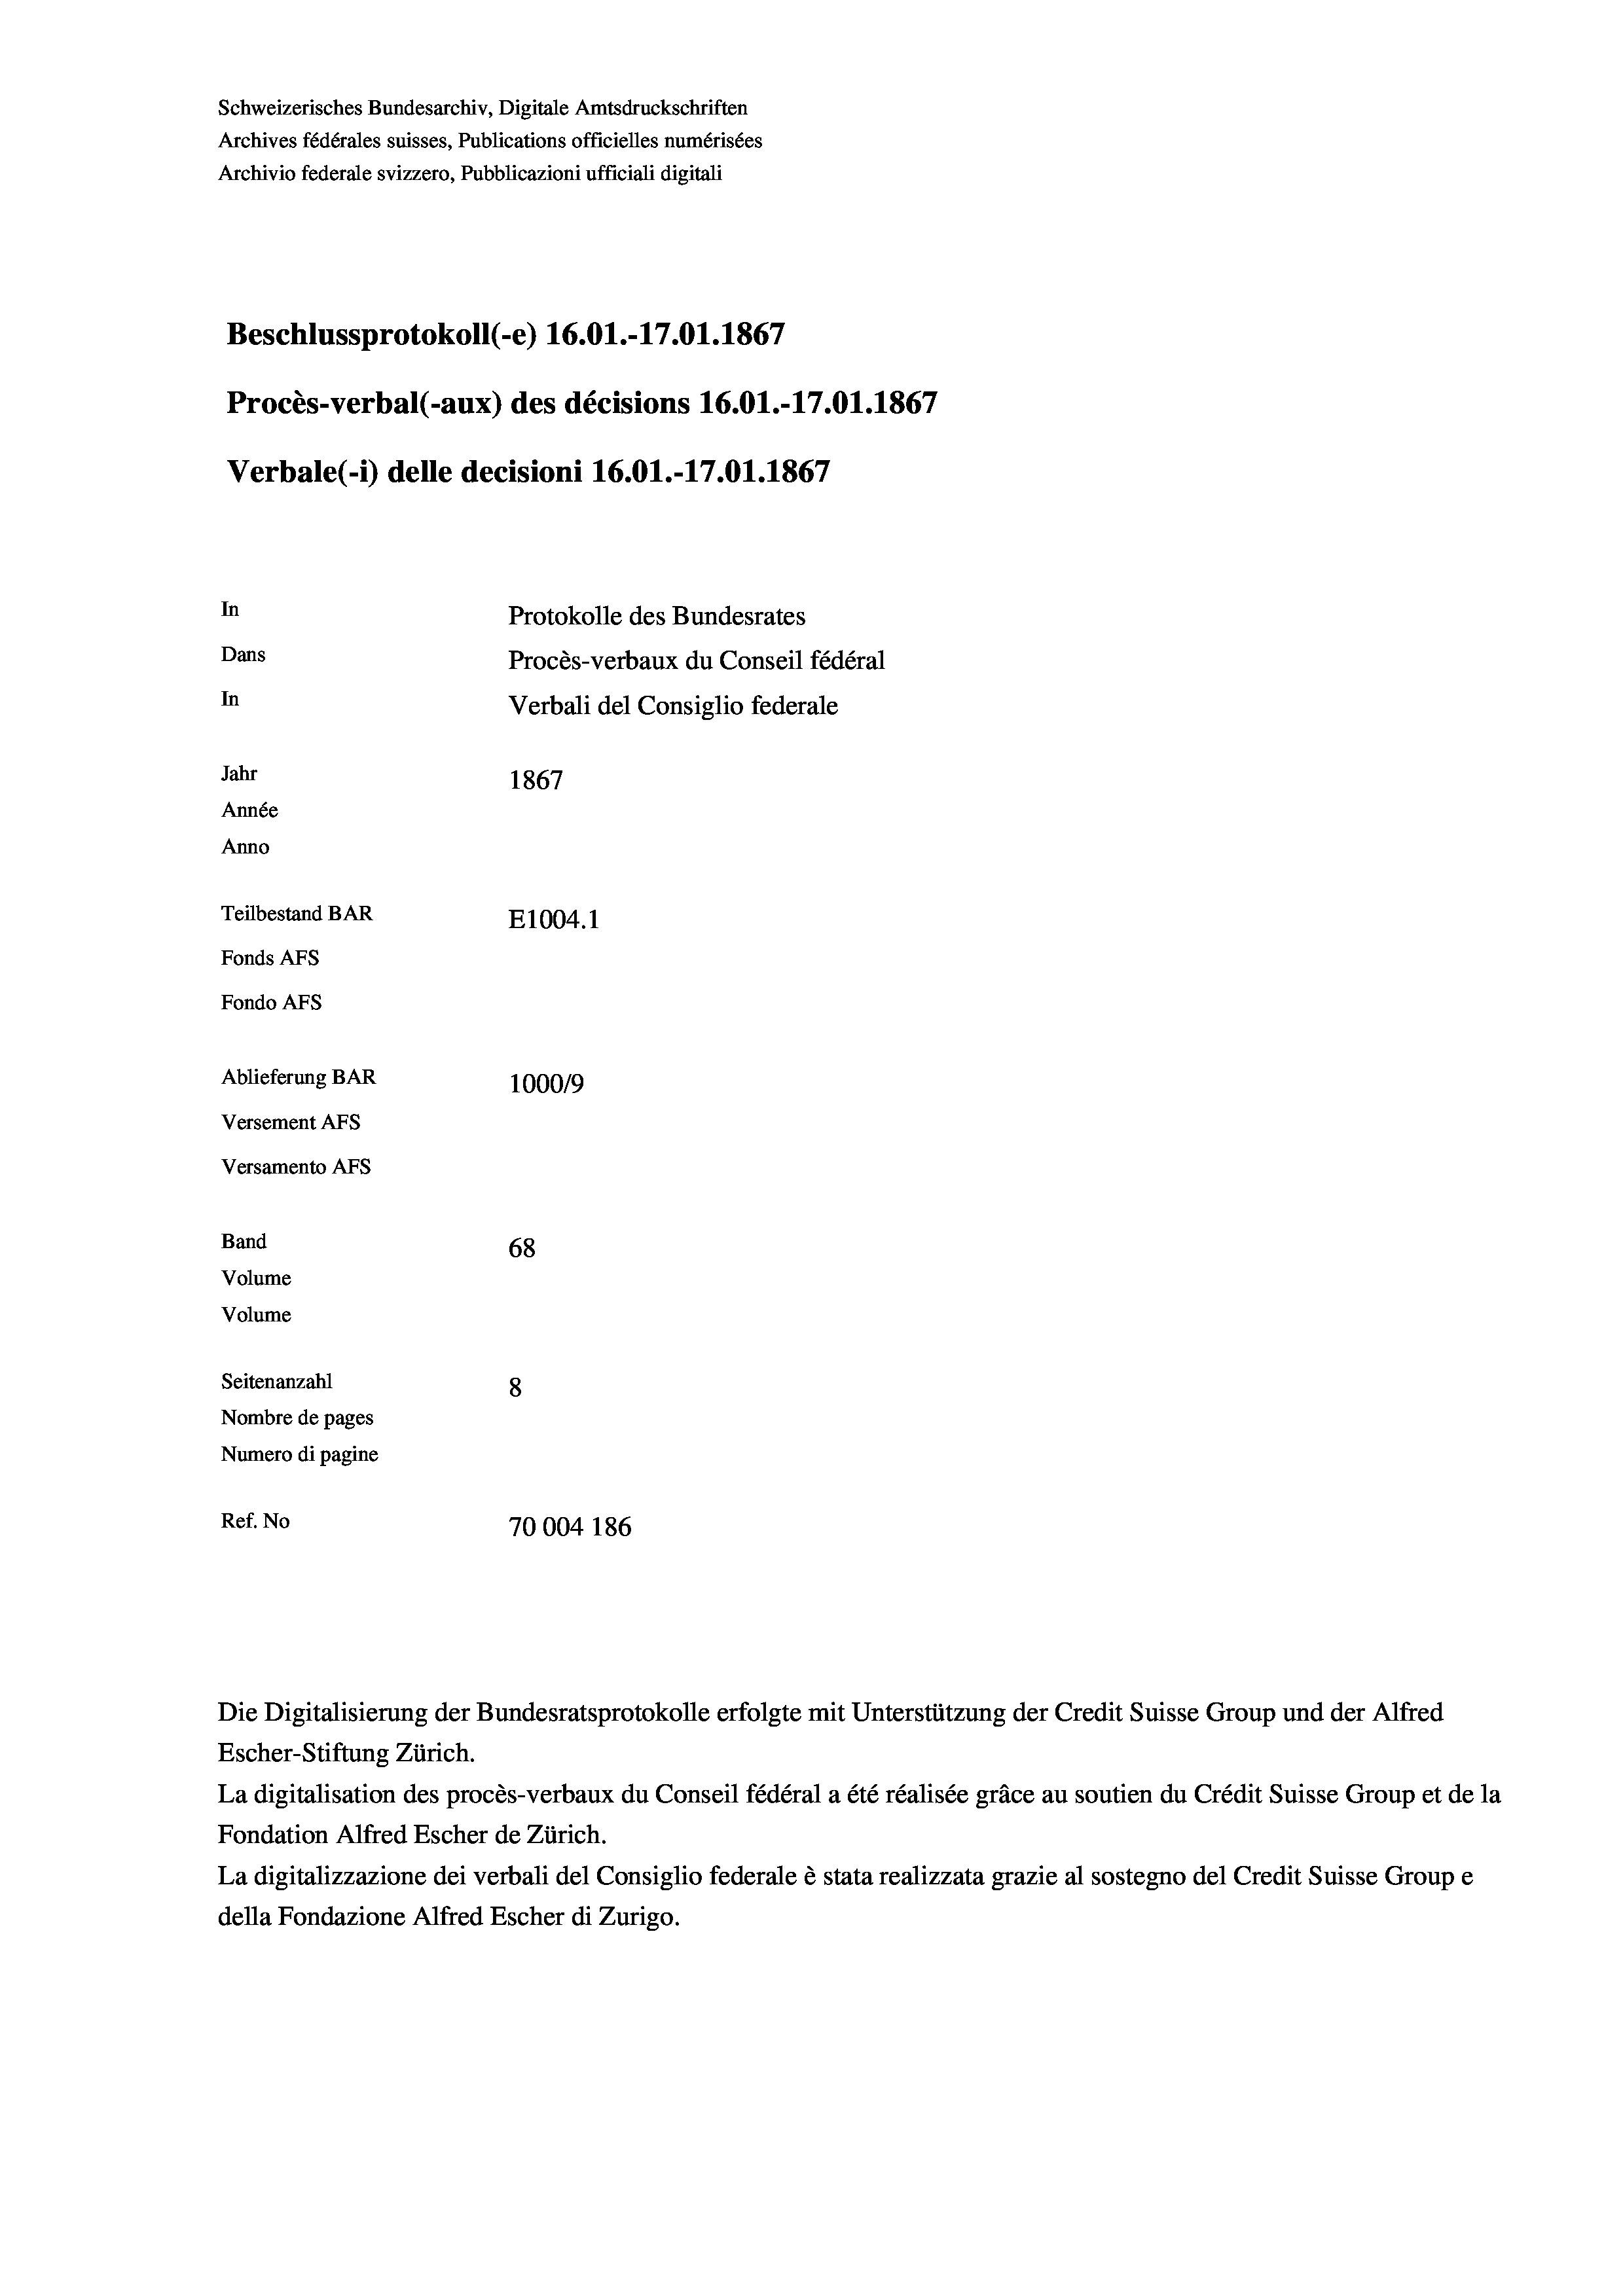
Schweizerisches Bundesarchiv, Digitale Amtsdruckschriften
Archives fédérales suisses, Publications officielles numérisées
Archivio federale svizzero, Pubblicazioni ufficiali digitali
Beschlussprotokoll (-e) 16.01.-17.01. 1867
Procès-verbal (-aux) des décisions 16.01.-17.01.1867
Verbale(-*) delle decisioni 16.01.-17.01. 1867
In
Protokolle des Bundesrates
Dans
Procès-verbaux du Conseil fédéral
In
Verbali del Consiglio federale
Jahr
1867
Année
Anno
Teilbestand BAR
E1004.1
Fonds AFs
Fondo AFs
Ablieferung BAR
100019
Versement AFs
Versamento AFs
Band
68
Volume
Volume
Seitenanzahl
8
Nombre de pages
Numero di pagine
Ref. No
70004 186

Die Digitalisierung der Bundesratsprotokolle erfolgte mit Unterstützung der Credit Suisse Group und der Alfred
Escher-Stiftung Zürich.

La digitalisation des procès-verbaux du Conseil fédéral a été réalisée gräce au soutien du Crédit Suisse Group et de la
Fondation Alfred Escher de Zürich.
La digitalizzazione dei verbali del Consiglio federale è stata realizzata grazie al sostegno del Credit Suisse Groupe
della Fondazione Alfred Escher di Zurigo.